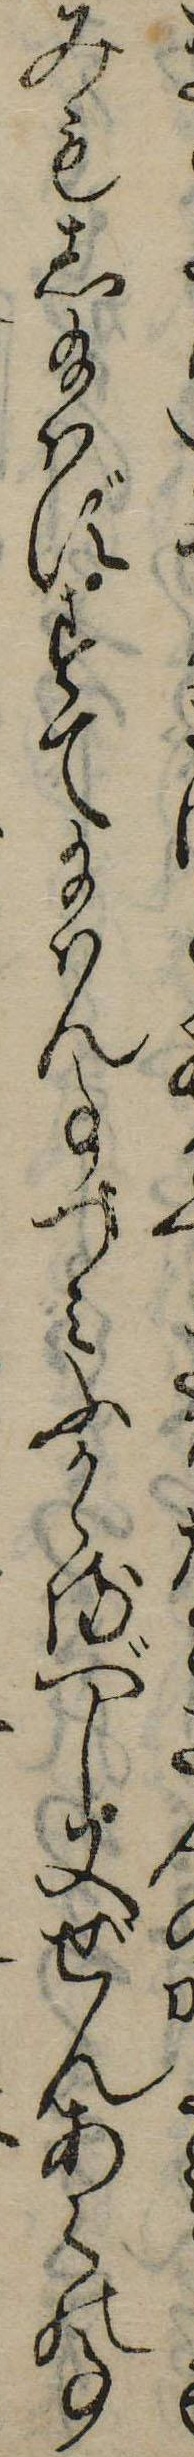
みもし給はずすて給はん事つみふかゝるべし又ぜんあくの事